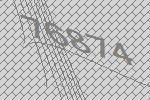
76874